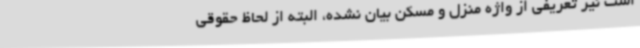
است نیز تعریفی از واژه منزل و مسکن بیان نشده، البته از لحاظ حقوقی